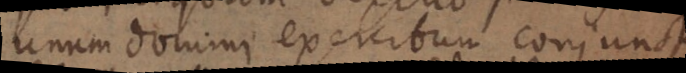
unum domini exercitum conjuncti